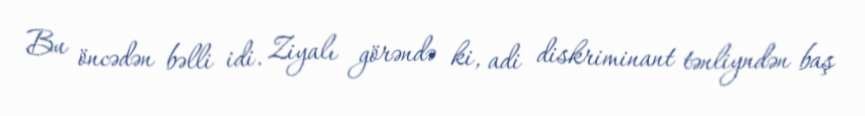
Bu öncədən bəlli idi. Ziyalı görəndə ki, adi diskriminant tənliyndən baş